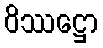
ဝိဿဋ္ဌော